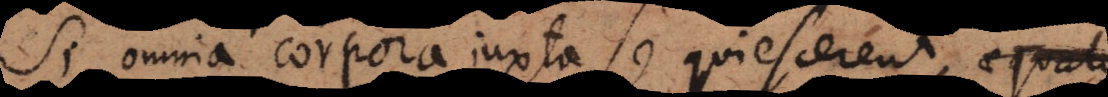
Si omnia corpora juxta se quiescerent, aequalis